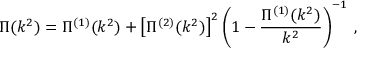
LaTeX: \Pi ( k ^ { 2 } ) = \Pi ^ { ( 1 ) } ( k ^ { 2 } ) + \left[ \Pi ^ { ( 2 ) } ( k ^ { 2 } ) \right] ^ { 2 } \left( 1 - \frac { \Pi ^ { ( 1 ) } ( k ^ { 2 } ) } { k ^ { 2 } } \right) ^ { - 1 } \, ,